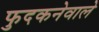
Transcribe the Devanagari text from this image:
फुदकनेवाले